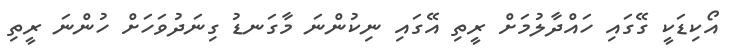
އޯކިޑަކީ ގޭގައި ހައްދާލުމަށް ރީތި އޭގައި ނިކުންނަ މާގަނޑު ގިނަދުވަހަށް ހުންނަ ރީތި